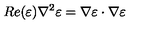
R e ( \varepsilon ) \nabla ^ { 2 } \varepsilon = \nabla \varepsilon \cdot \nabla \varepsilon